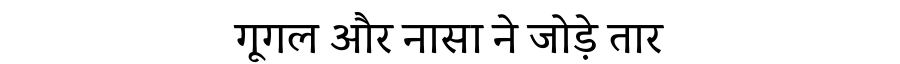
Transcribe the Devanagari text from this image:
गूगल और नासा ने जोड़े तार